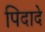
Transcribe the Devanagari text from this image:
पिदादे